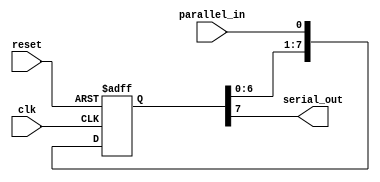
module piso_shift_register(
    input clk,
    input reset,
    input parallel_in,
    output serial_out
);

reg [7:0] shift_reg; // 8-bit shift register

always @(posedge clk or posedge reset) begin
    if (reset) begin
        shift_reg <= 8'b00000000; // Reset shift register to all zeros
    end else begin
        shift_reg <= {shift_reg[6:0], parallel_in}; // Shift in parallel input to shift register
    end
end

assign serial_out = shift_reg[7]; // Output the most significant bit of the shift register

endmodule